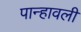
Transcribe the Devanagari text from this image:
पान्हावली